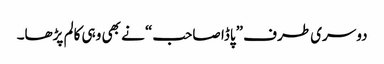
دوسری طرف ”پاڈا صاحب“ نے بھی وہی کالم پڑھا۔